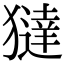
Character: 㺚